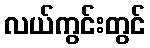
လယ်ကွင်းတွင်